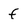
Character: f